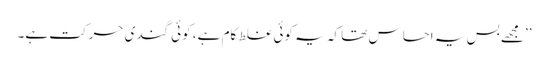
’’مجھے بس یہ احساس تھا کہ یہ کوئی غلط کام ہے، کوئی گندی حرکت ہے۔